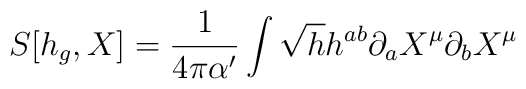
S[h_g,X]=\frac{1}{4\pi\alpha'}\int \sqrt{h}h^{ab}\partial_aX^\mu\partial_bX^\mu